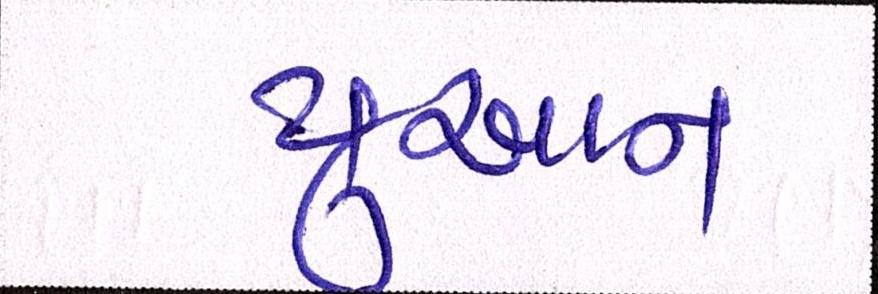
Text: યુઆન